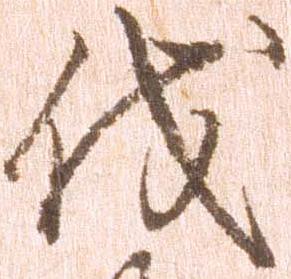
伐